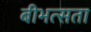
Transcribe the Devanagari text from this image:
बीभत्सता